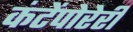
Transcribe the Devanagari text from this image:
कंटेंपोरेरी